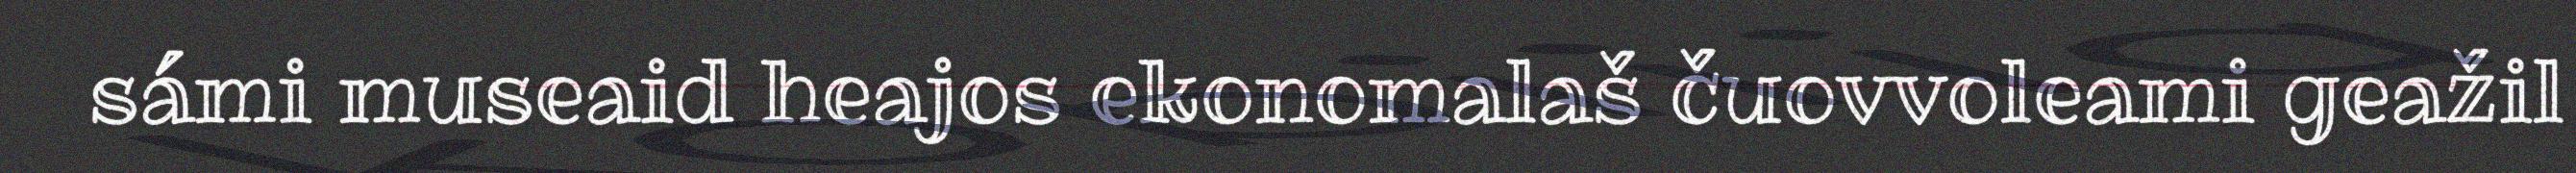
sámi museaid heajos ekonomalaš čuovvoleami geažil